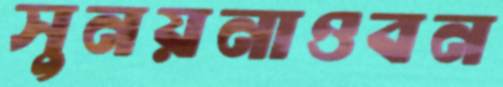
সুনয়নাওবন